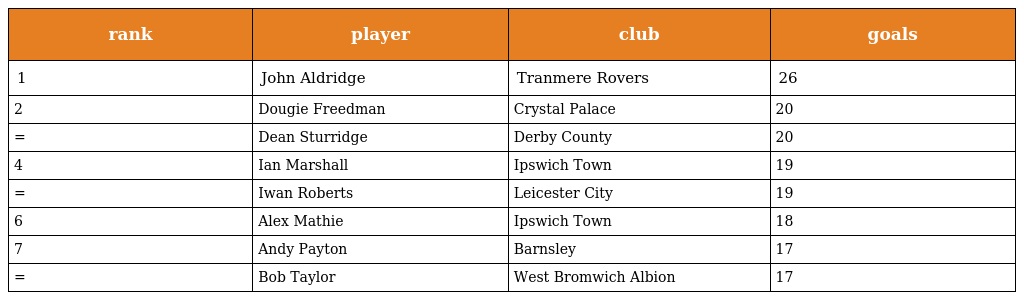
| rank | player | club | goals |
 | --- | --- | --- | --- |
 | 1 | John Aldridge | Tranmere Rovers | 26 |
 | 2 | Dougie Freedman | Crystal Palace | 20 |
 | = | Dean Sturridge | Derby County | 20 |
 | 4 | Ian Marshall | Ipswich Town | 19 |
 | = | Iwan Roberts | Leicester City | 19 |
 | 6 | Alex Mathie | Ipswich Town | 18 |
 | 7 | Andy Payton | Barnsley | 17 |
 | = | Bob Taylor | West Bromwich Albion | 17 |